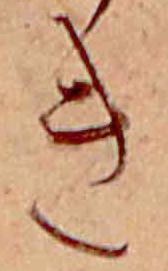
き